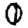
Digit: 0